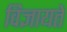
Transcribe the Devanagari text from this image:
विज्ञायते